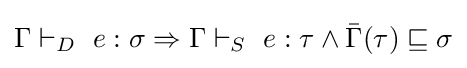
\Gamma \vdash _{D}\ e:\sigma \Rightarrow \Gamma \vdash _{S}\ e:\tau \wedge {\bar {\Gamma }}(\tau )\sqsubseteq \sigma